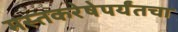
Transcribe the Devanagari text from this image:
मस्तकरेषेपर्यंतचा